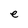
Character: e